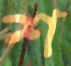
শ